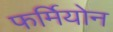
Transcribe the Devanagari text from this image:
फर्मियोन